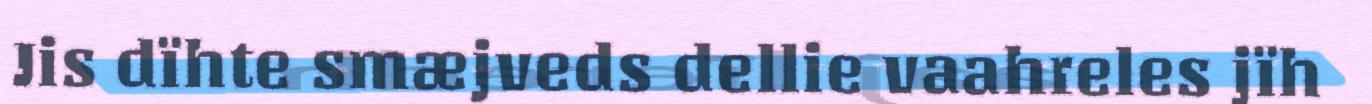
Jis dïhte smæjveds dellie vaahreles jïh